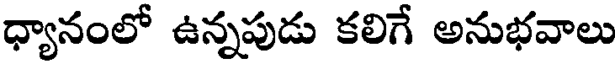
ధ్యానంలో ఉన్నపుడు కలిగే అనుభవాలు